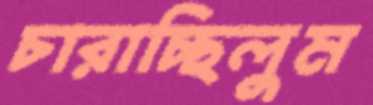
চারাচ্ছিলুম